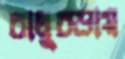
বালুচড়ায়